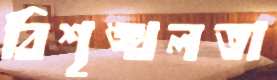
বিশৃঙ্খলতা